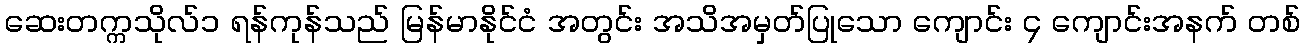
ဆေးတက္ကသိုလ်၁ ရန်ကုန်သည် မြန်မာနိုင်ငံ အတွင်း အသိအမှတ်ပြုသော ကျောင်း ၄ ကျောင်းအနက် တစ်